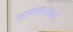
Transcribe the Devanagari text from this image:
सामन्तशाही